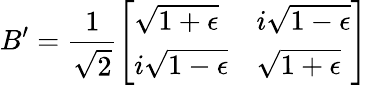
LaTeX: B^{\prime}=\frac{1}{\sqrt{2}}\left[\begin{array}{ll}{\sqrt{1+\epsilon}}&{i\sqrt{1-\epsilon}}\\ {i\sqrt{1-\epsilon}}&{\sqrt{1+\epsilon}}\end{array}\right]